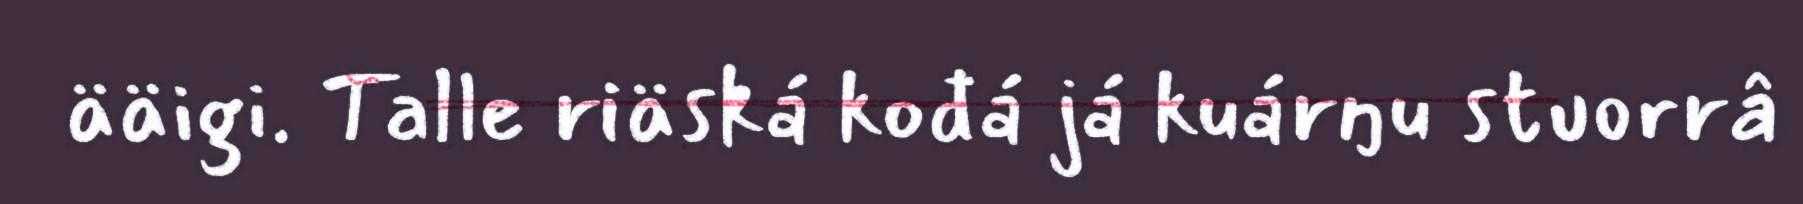
ääigi. Talle riäská kođá já kuárŋu stuorrâ